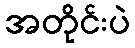
အတိုင်းပဲ